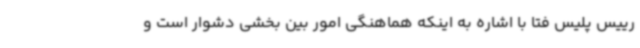
رییس پلیس فتا با اشاره به اینکه هماهنگی امور بین بخشی دشوار است و